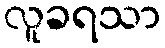
လူခရသာ